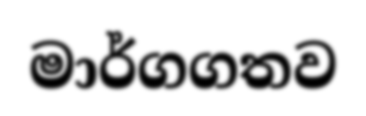
මාර්ගගතව